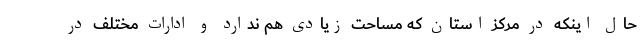
حال اینکه در مرکز استان که مساحت زیادی هم ندارد و ادارات مختلف در